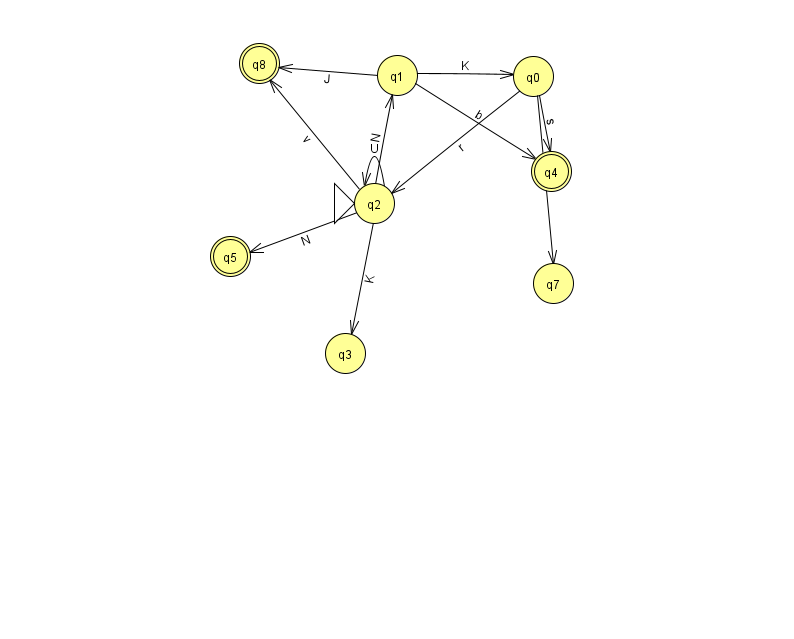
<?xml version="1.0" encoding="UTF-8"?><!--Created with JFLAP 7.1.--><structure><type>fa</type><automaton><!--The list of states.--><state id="0" name="q0"><x>533.0</x><y>63.0</y></state><state id="1" name="q1"><x>397.0</x><y>62.0</y></state><state id="2" name="q2"><x>374.0</x><y>190.0</y><initial/></state><state id="3" name="q3"><x>345.0</x><y>340.0</y></state><state id="4" name="q4"><x>551.0</x><y>158.0</y><final/></state><state id="5" name="q5"><x>230.0</x><y>243.0</y><final/></state><state id="7" name="q7"><x>553.0</x><y>270.0</y></state><state id="8" name="q8"><x>259.0</x><y>50.0</y><final/></state><!--The list of transitions.--><transition><from>2</from><to>3</to><read>K</read></transition><transition><from>0</from><to>2</to><read>r</read></transition><transition><from>1</from><to>8</to><read>J</read></transition><transition><from>0</from><to>7</to><read>N</read></transition><transition><from>2</from><to>2</to><read>U</read></transition><transition><from>2</from><to>5</to><read>N</read></transition><transition><from>2</from><to>1</to><read>N</read></transition><transition><from>0</from><to>4</to><read>s</read></transition><transition><from>1</from><to>0</to><read>K</read></transition><transition><from>1</from><to>4</to><read>b</read></transition><transition><from>2</from><to>8</to><read>v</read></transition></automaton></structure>